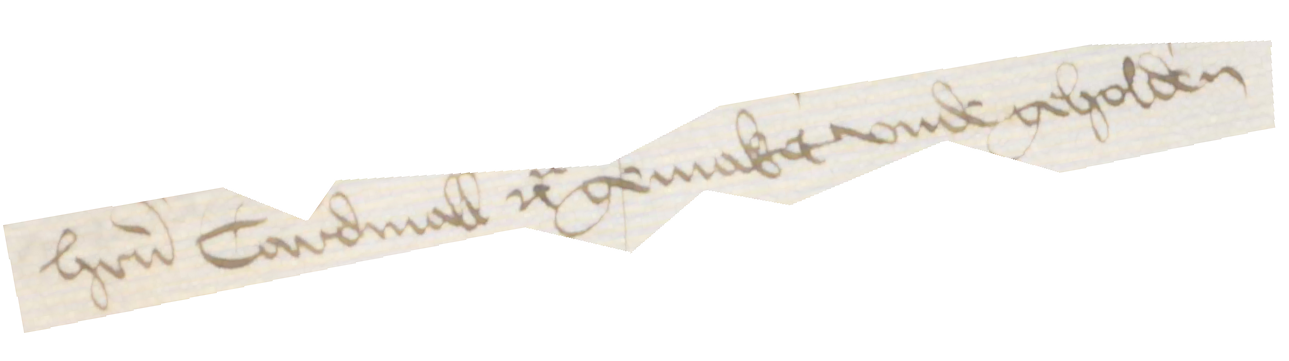
herrn Cardinall etc gemaket vnde geholden